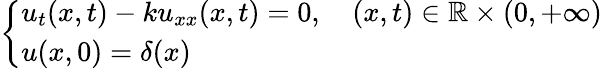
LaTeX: \left\{ {\begin{array}{ll}{u_{t}(x,t)-ku_{xx}(x,t)=0,\quad(x,t)\in\mathbb{R}\times(0,+\infty)}\\ {u(x,0)=\delta(x)}\end{array}}\right.